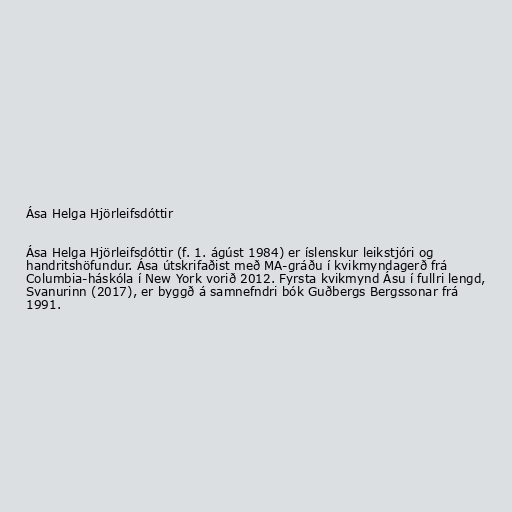
Ása Helga Hjörleifsdóttir

Ása Helga Hjörleifsdóttir (f. 1. ágúst 1984) er íslenskur leikstjóri og
handritshöfundur. Ása útskrifaðist með MA-gráðu í kvikmyndagerð frá
Columbia-háskóla í New York vorið 2012. Fyrsta kvikmynd Ásu í fullri lengd,
Svanurinn (2017), er byggð á samnefndri bók Guðbergs Bergssonar frá
1991.